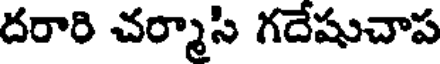
దరారి చర్మాసి గదేషుచాప